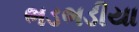
ભડભડીયા